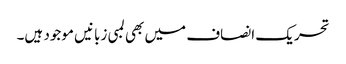
تحریک انصاف میں بھی لمبی زبانیں موجود ہیں۔